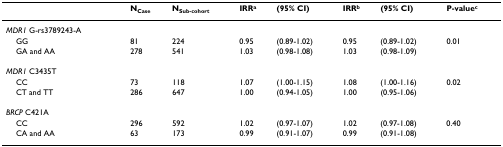
<table><thead><tr><td></td><td><b>N<sub>Case</sub></b></td><td><b>N<sub>Sub-cohort</sub></b></td><td><b>IRR<sup>a</sup></b></td><td><b>(95% CI)</b></td><td><b>IRR<sup>b</sup></b></td><td><b>(95% CI)</b></td><td><b>P-value<sup>c</sup></b></td></tr></thead><tbody><tr><td><i>MDR1 </i>G-rs3789243-A</td><td></td><td></td><td></td><td></td><td></td><td></td><td></td></tr><tr><td> GG</td><td>81</td><td>224</td><td>0.95</td><td>(0.89-1.02)</td><td>0.95</td><td>(0.89-1.02)</td><td>0.01</td></tr><tr><td> GA and AA</td><td>278</td><td>541</td><td>1.03</td><td>(0.98-1.08)</td><td>1.03</td><td>(0.98-1.09)</td><td></td></tr><tr><td><i>MDR1 </i>C3435T</td><td></td><td></td><td></td><td></td><td></td><td></td><td></td></tr><tr><td> CC</td><td>73</td><td>118</td><td>1.07</td><td>(1.00-1.15)</td><td>1.08</td><td>(1.00-1.16)</td><td>0.02</td></tr><tr><td> CT and TT</td><td>286</td><td>647</td><td>1.00</td><td>(0.94-1.05)</td><td>1.00</td><td>(0.95-1.06)</td><td></td></tr><tr><td><i>BRCP </i>C421A</td><td></td><td></td><td></td><td></td><td></td><td></td><td></td></tr><tr><td> CC</td><td>296</td><td>592</td><td>1.02</td><td>(0.97-1.07)</td><td>1.02</td><td>(0.97-1.08)</td><td>0.40</td></tr><tr><td> CA and AA</td><td>63</td><td>173</td><td>0.99</td><td>(0.91-1.07)</td><td>0.99</td><td>(0.91-1.08)</td><td></td></tr></tbody></table>